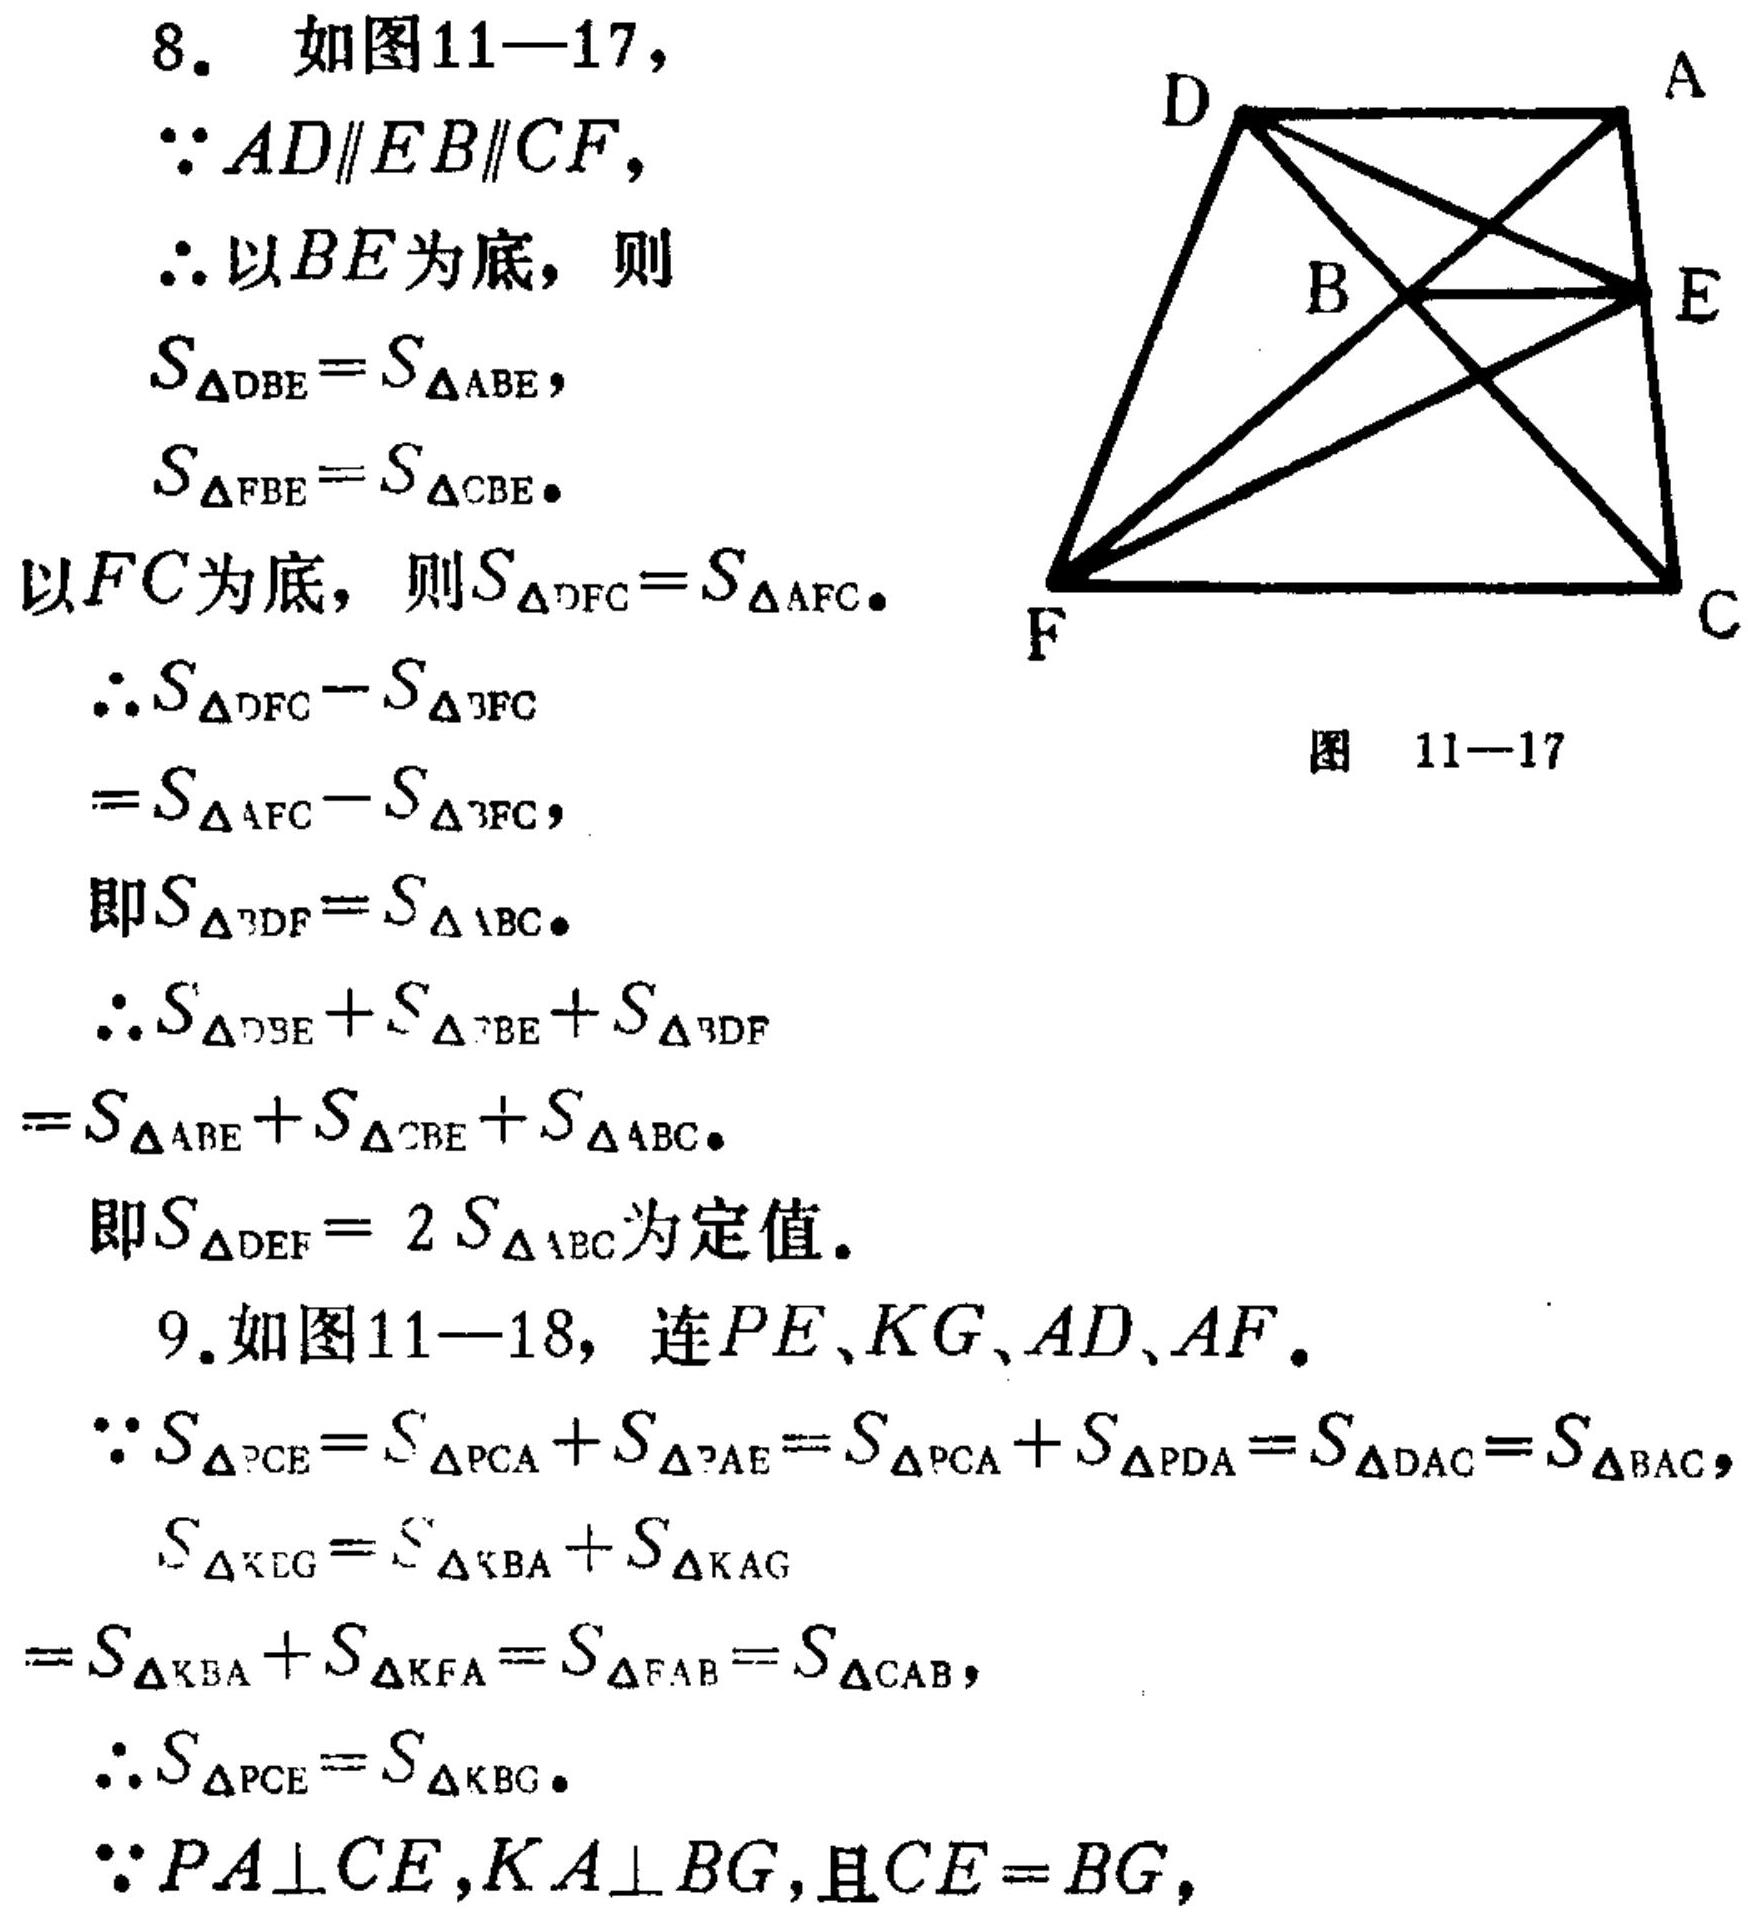
8. 如图11—17，
\(\because AD\parallel EB\parallel CF,\)
\(\therefore\)以\(BE\)为底，则
\(S_{\triangle DBE}=S_{\triangle ABE},\)
\(S_{\triangle FBE}=S_{\triangle CBE}.\)
以\(FC\)为底，则\(S_{\triangle DFC}=S_{\triangle AFC}.\)
\(\therefore S_{\triangle DFC}-S_{\triangle ?FC}\)
\(=S_{\triangle AFC}-S_{\triangle ?FC},\)
即\(S_{\triangle ?DF}=S_{\triangle ABC}.\)
\(\therefore S_{\triangle DBE}+S_{\triangle ?BE}+S_{\triangle ?DF}\)
\(=S_{\triangle ABE}+S_{\triangle CBE}+S_{\triangle ABC}.\)
即\(S_{\triangle DEF}=2S_{\triangle ABC}\)为定值.
9. 如图11—18，连\(PE\)、\(KG\)、\(AD\)、\(AF\).
\(\because S_{\triangle ?CE}=S_{\triangle PCA}+S_{\triangle ?AE}=S_{\triangle PCA}+S_{\triangle PDA}=S_{\triangle DAC}=S_{\triangle BAC},\)
\(S_{\triangle KEG}=S_{\triangle KBA}+S_{\triangle KAG}\)
\(=S_{\triangle KBA}+S_{\triangle KFA}=S_{\triangle FAB}=S_{\triangle CAB},\)
\(\therefore S_{\triangle PCE}=S_{\triangle KBG}.\)
\(\because PA\perp CE,KA\perp BG,\)且\(CE = BG,\)